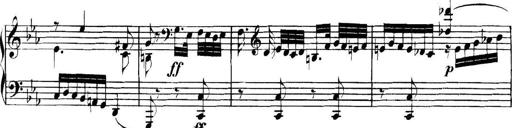
Title: Collected Piano Sonatas
Composer: Muzio Clementi